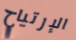
الإرتياح